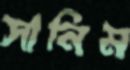
সানিম